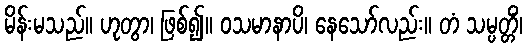
မိန်းမသည်။ ဟုတွာ၊ ဖြစ်၍။ ဝသမာနာပိ၊ နေသော်လည်း။ တံ သမ္ပတ္တိံ၊